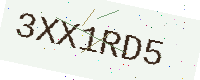
Text: 3XX1RD5